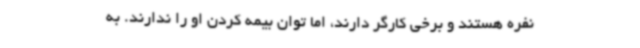
نفره هستند و برخی کارگر دارند، اما توان بیمه کردن او را ندارند. به